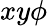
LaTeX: xy\phi